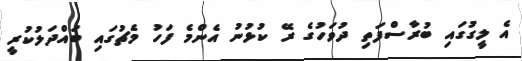
އެ ލީގުގައި ބުރާސްފަތި ދުވަހުގެ ރޭ ކުޅުނު އެންމެ ފަހު މެޗުގައި ބައްދަލުކުރީ